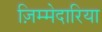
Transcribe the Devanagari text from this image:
ज़िम्मेदारिया